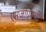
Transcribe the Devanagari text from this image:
एमजीएमची